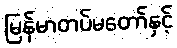
မြန်မာတပ်မတော်နှင့်